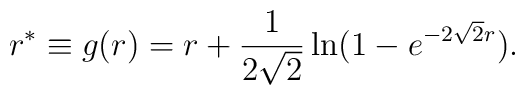
r^* \equiv g(r) = r + {1 \over 2 \sqrt 2} \ln (1 - e^{- 2 \sqrt 2 r}).